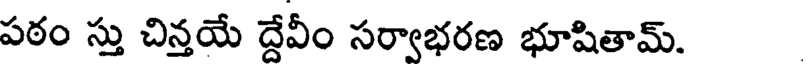
పఠం స్తు చిన్తయే ద్దేవీం సర్వాభరణ భూషితామ్.